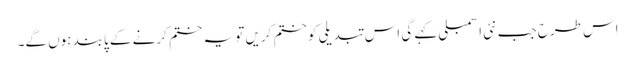
اس طرح جب نئی اسمبلی کہے گی اس تبدیلی کو ختم کریں تو یہ ختم کرنے کے پابند ہوں گے۔